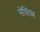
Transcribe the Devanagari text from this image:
नेत्रितव